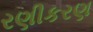
રણીકરણ